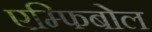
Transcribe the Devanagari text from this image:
एम्फिबोल